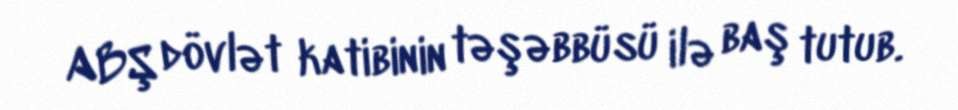
ABŞ dövlət katibinin təşəbbüsü ilə baş tutub.